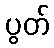
ပွတ်